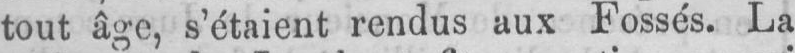
tout âge, s’étaient rendus aux Fossés. La